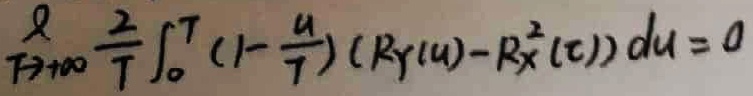
$\underset{T\to +\infty }{\lim }\frac{2}{T}\int \nolimits_{0}^{T}(1-\frac{u}{T})({R}_{Y}(u)-{R}_{X}^{2}(\tau ))du=0$